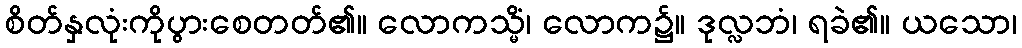
စိတ်နှလုံးကိုပွားစေတတ်၏။ လောကသ္မိံ၊ လောက၌။ ဒုလ္လဘံ၊ ရခဲ၏။ ယသော၊